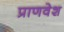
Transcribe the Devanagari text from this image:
प्राणवेश